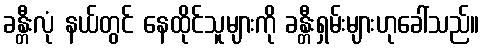
ခန္တီးလုံ နယ်တွင် နေထိုင်သူများကို ခန္တီးရှမ်းများဟုခေါ်သည်။